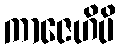
ကာဇေဟိပိ